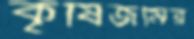
কৃষিজমির